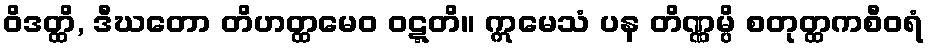
ဝိဒတ္ထိ, ဒီဃတော တိဟတ္ထမေဝ ဝဋ္ဋတိ။ ဣမေသံ ပန တိဏ္ဏမ္ပိ စတုတ္ထကစီဝရံ